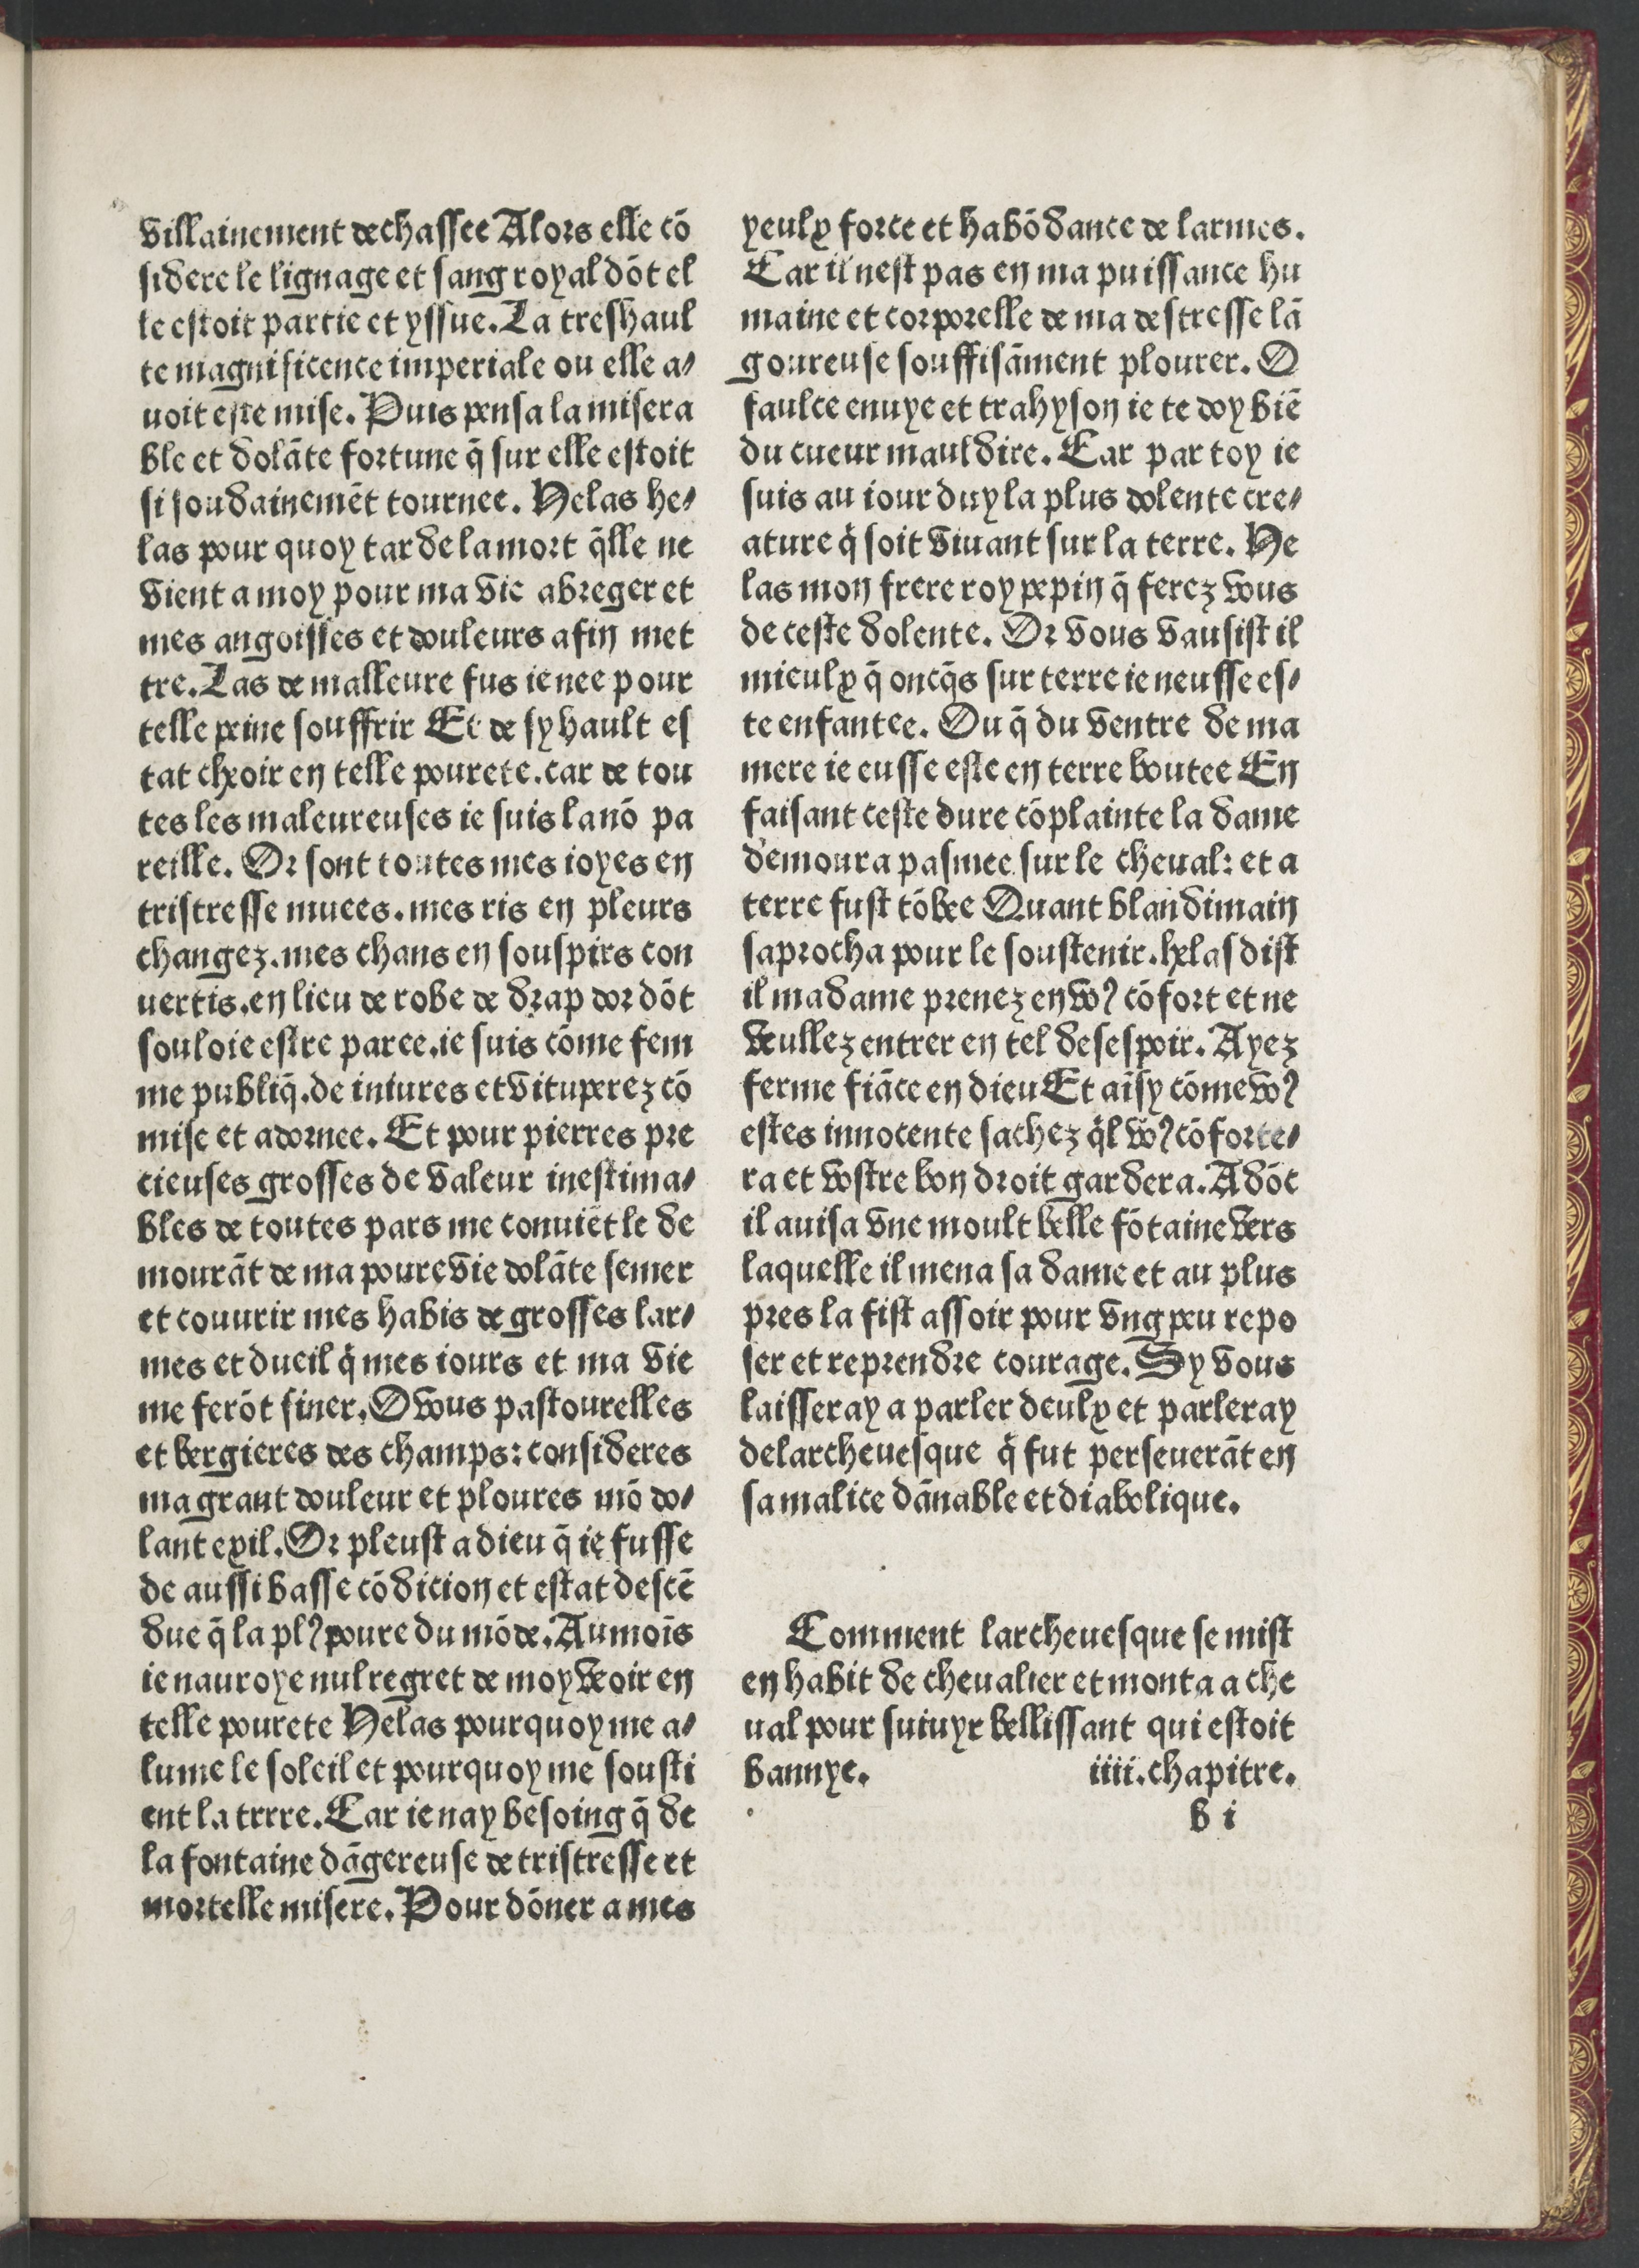
Shelfmark: Paris, BnF, Rés. Y2-82
Century: 15